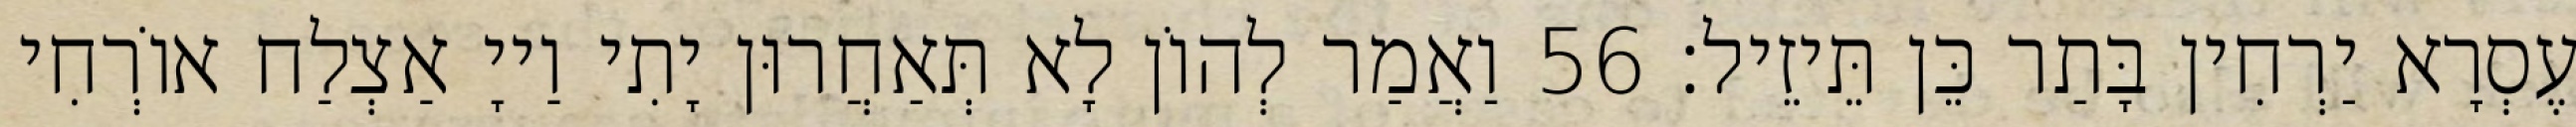
עֶסְרָא יַרְחִין בָּתַר כֵּן תֵּיזֵיל׃ 56 וַאֲמַר לְהוֹן לָא תְּאַחֲרוּן יָתִי וַייָ אַצְלַח אוֹרְחִי